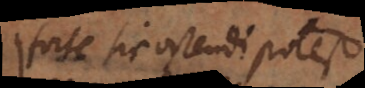
Forte sic ostendi potest: